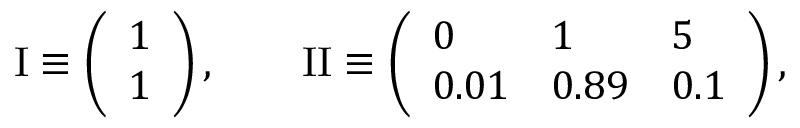
\mathrm { I } \equiv \left( \begin{array} { l } { 1 } \\ { 1 } \end{array} \right) , \qquad \mathrm { I I } \equiv \left( \begin{array} { l l l } { 0 } & { 1 } & { 5 } \\ { 0 . 0 1 } & { 0 . 8 9 } & { 0 . 1 } \end{array} \right) ,